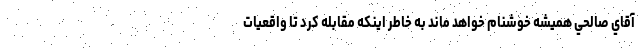
آقاي صالحي هميشه خوشنام خواهد ماند به خاطر اينكه مقابله كرد تا واقعيات